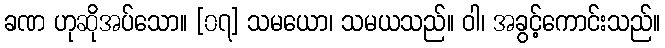
ခဏ ဟုဆိုအပ်သော။ [၀၇] သမယော၊ သမယသည်။ ဝါ၊ အခွင့်ကောင်းသည်။